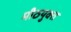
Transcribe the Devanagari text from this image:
मीठयुक्त